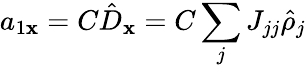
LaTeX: a_{1\mathbf{x}}=C\hat{{D}}_{\mathbf{x}}=C\sum_{j}J_{jj}\hat{{\rho}}_{j}